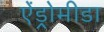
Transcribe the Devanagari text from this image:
ऐंड्रोमीडा